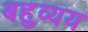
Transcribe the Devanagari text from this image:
बहुव्यय